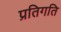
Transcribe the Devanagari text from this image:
प्रतिगति